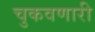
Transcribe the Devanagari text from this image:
चुकवणारी